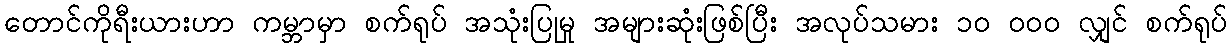
တောင်ကိုရီးယားဟာ ကမ္ဘာမှာ စက်ရုပ် အသုံးပြုမှု အများဆုံးဖြစ်ပြီး အလုပ်သမား ၁၀ ၀၀၀ လျှင် စက်ရုပ်